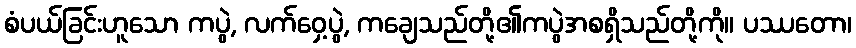
စံပယ်ခြင်းဟူသော ကပွဲ, လက်ဝှေ့ပွဲ, ကချေသည်တို့၏ကပွဲအစရှိသည်တို့ကို။ ပဿတော၊